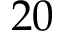
2 0